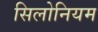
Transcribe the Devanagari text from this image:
सिलोनियम